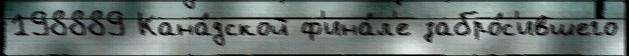
198889 Кана́дской ф'ина́л'е забро́с'ившего